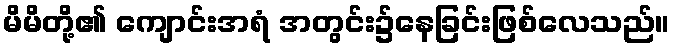
မိမိတို့၏ ကျောင်းအရံ အတွင်း၌နေခြင်းဖြစ်လေသည်။